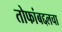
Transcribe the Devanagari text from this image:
तोफांबद्दलचा